Report on sanitation, dispensaries, and jails in Rajputana for 1920, and on vaccination for the year 1920-1921 - 1920-1921
Year: 1920
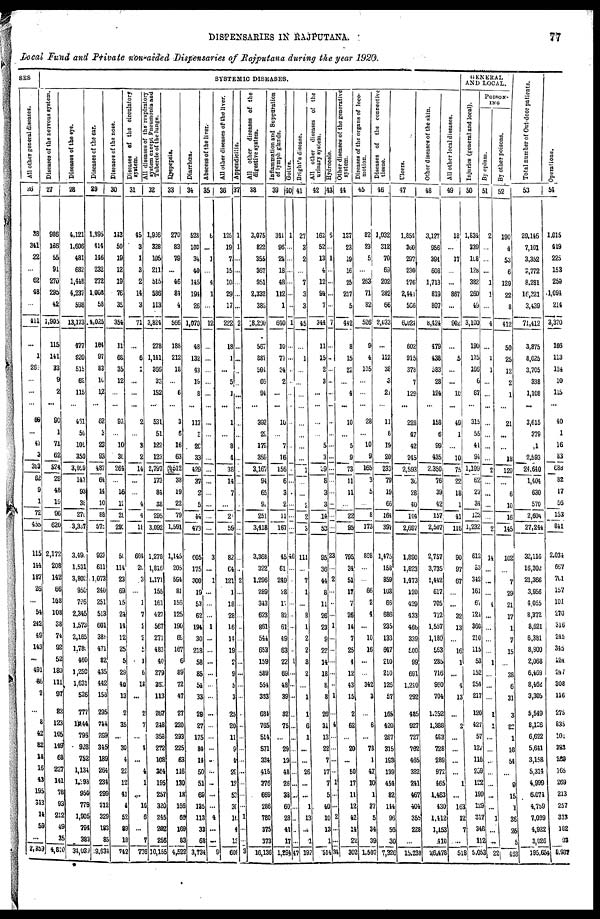
DISPENSARIES IN RAJPUTANA.
77
Local Fund and Private nan-aided Dispensaries of Rajputana during the year 1920.
SES
All other general diseases.
26
38
341
22
...
62
48
...
411
...
1
261
...
...
...
68
...
47
3
383
62
9
1
72
455
115
144
187
26
...
54
242
49
143
...
491
86
2
...
3
42
82
18
16
43
195
343
14
59
...
2,359
SYSTEMIC DISEASES.
Diseases of the nervous system.
27
986
166
55
91
270
295
42
1,905
115
141
33
9
2
...
90
1
71
62
524
29
48
19
96
620
2,172
208
142
66
108
108
38
74
92
52
180
111
97
82
123
105
149
68
227
141
78
93
212
49
35
4,810
Diseases of the eye.
28
4,121
1,606
481
682
1,448
4,237
598
13,173
477
920
515
62
115
...
481
50
109
350
3,059
147
93
38
270
3,337
3,490
1,531
3,802
950
796
2,345
1,573
2,165
1,780
460
1,250
1,631
526
777
1,144
796
928
752
1,134
l,293
950
779
1,905
794
383
34,039
Diseases of the ear.
29
1,395
414
146
232
272
1,008
58
4,025
104
97
83
10
12
...
62
3
23
93
487
64
14
10
88
570
923
611
1,073
240
251
513
601
388
471
82
435
442
156
295
744
269
345
189
264
234
299
212
329
183
85
19,634
Diseases of the nose.
30
143
50
19
12
19
76
35
354
11
68
35
12
...
...
92
...
10
30
264
...
16
12
28
291
50
114
23
69
15
24
14
12
25
5
29
40
13
2
35
...
30
4
22
12
41
4
52
89
18
742
Diseases of the circulatory
system.
31
45
3
1
3
2
14
3
71
...
6
1
...
...
...
2
...
3
2
14
...
...
4
4
18
664
20
3
...
1
7
2
2
5
1
6
18
...
2
7
...
4
...
4
1
...
16
6
...
7
776
All diseases of the'respiratory
system except Pneumonia and
Tubercle of the lungs.
32
1,956
328
105
211
515
586
113
3,824
278
1,141
266
33
152
...
531
51
122
123
2,797
173
84
38
295
3,092
1,278
1,816
1,171
155
161
427
567
271
483
40
279
362
113
267
248
358
272
108
304
195
257
320
245
202
256
10,155
Dyspepsia.
33
270
83
79
...
46
84
4
566
188
212
18
...
6
...
3
6
16
63
515
38
19
22
79
1,591
1,145
205
594
81
156
125
190
69
167
6
89
72
47
27
220
293
225
63
116
130
18
166
66
169
83
4,522
Diarrhœa.
34
528
103
34
40
145
194
26
1,070
48
132
43
l9
8
...
117
3
26
33
429
37
2
5
44
473
605
175
300
19
53
62
194
30
218
58
85
54
33
29
27
175
84
14
50
51
69
135
113
33
68
3,734
Abscess of the liver.
35
6
...
1
...
4
1
...
12
...
...
...
...
...
...
...
...
...
...
...
...
...
...
...
...
3
...
1
...
...
...
1
...
...
...
...
...
...
...
...
...
...
...
...
...
...
...
4
...
...
9
All other diseases of the liver.
36
125
19
7
15
10
29
17
222
18
1
...
5
1
...
1
...
8
4
38
14
7
...
2
59
82
64
121
1
18
28
16
14
19
2
9
5
3
25
20
11
9
4
29
12
53
30
10
4
13
608
Appendicitis.
37
1
1
...
...
...
...
...
2
...
...
...
...
...
...
...
...
...
...
...
...
...
...
...
...
...
..
2
...
...
...
...
...
...
...
...
...
...
...
...
...
...
...
...
...
...
...
1
...
...
3
All other diseases of the
digestive system.
38
3,075
822
355
367
951
2,332
388
18,290
567
887
591
66
94
...
392
29
179
359
3,167
94
65
90
251
3,418
3,368
322
1,296
289
343
623
861
544
653
159
589
554
393
684
765
514
571
334
415
376
669
286
780
375
373
16,136
Inflammation and Suppuration
of lymph glands.
39
341
96
24
18
48
112
1
640
10
77
34
2
...
...
10
...
7
16
156
6
3
2
11
167
45
61
249
28
17
82
61
49
63
22
69
48
39
32
75
...
29
19
48
26
38
60
28
41
17
1,294
Goitre.
40
1
...
...
...
...
...
...
1
...
...
...
...
...
...
...
...
...
...
...
...
...
...
...
...
46
...
...
...
...
...
...
...
...
1
...
...
...
...
...
...
...
...
...
...
...
...
..
..
...
47
Bright's disease.
41
27
3
2
...
7
3
3
45
...
1
...
...
...
...
...
...
...
...
1
...
...
2
2
3
111
...
7
1
...
8
1
2
2
8
2
...
1
1
6
1
...
...
26
...
...
1
13
...
1
192
All other diseases of the
urinary system.
42
162
52
13
4
12
94
7
344
11
15
2
2
...
...
...
...
5
3
39
8
3
3
14
53
95
36
44
8
11
26
23
9
22
14
18
8
8
26
31
13
22
7
17
7
5
40
10
13
1
514
Hydrocele.
43
6
...
1
...
...
...
...
7
...
...
...
...
...
...
...
...
...
...
...
...
...
...
...
...
23
...
2
...
...
...
1
...
...
...
...
...
1
...
4
...
...
...
...
1
...
...
2
...
...
34
Other diseases of the generative
system.
44
137
23
19
16
25
217
5
442
8
15
22
...
4
...
10
...
5
9
73
11
11
...
22
95
795
34
51
17
7
26
14
7
25
4
12
43
15
2
62
...
20
...
50
17
11
12
42
14
22
302
Diseases of the organs of loco-
motion.
45
82
23
5
...
263
71
82
526
9
4
105
...
...
...
28
...
10
9
165
3
5
...
8
173
808
...
...
66
2
4
...
10
16
...
...
342
3
...
6
...
78
1
47
10
1
37
5
34
39
1,507
Diseases of the connective
tissue.
46
1,032
312
70
69
202
282
66
2,033
...
112
38
3
21
...
11
6
19
20
233
79
19
66
164
397
1,475
158
859
103
66
686
235
133
647
210
210
126
57
165
420
267
315
193
139
454
82
144
96
56
30
7,326
Ulcers.
47
1,854
360
297
230
276
2,441
566
6,024
602
915
378
7
129
...
228
47
42
245
2,593
36
28
40
104
2,697
1,890
1,823
1,473
120
429
433
466
339
500
99
691
1,240
292
485
927
727
762
465
382
241
467
404
355
228
...
15,238
Other diseases of the skin.
48
3,127
956
394
608
1,713
819
807
8,424
479
438
383
28
124
...
158
6
99
435
2,350
76
39
42
157
2,507
2,757
3,735
1,442
617
705
712
1,557
1,180
563
285
716
960
704
1,352
1,388
483
728
289
972
465
1,463
430
1,412
1,153
410
26,478
All other local diseases.
49
18
...
17
...
...
867
...
902
...
5
...
...
10
...
49
1
...
10
75
22
18
1
41
116
90
97
67
...
...
32
13
...
16
1
...
4
13
...
2
...
...
...
...
1
...
163
12
7
...
518
GENERAL
AND LOCAL.
Injuries (general and local).
50
1,834
339
108
128
382
260
49
3,100
190
175
166
6
67
...
315
55
41
94
1,109
62
27
34
123
1,232
612
53
342
161
67
214
360
210
115
53
152
254
217
120
427
57
121
116
239
122
199
129
317
348
112
5,053
POISON-
ING
By opium.
51
2
...
...
...
1
1
...
4
...
1
1
...
...
...
...
...
...
...
2
...
...
...
...
2
14
...
...
...
4
...
...
...
...
1
...
...
...
1
1
...
...
...
...
...
...
...
1
...
...
22
By other poisons.
52
190
4
53
6
129
22
8
412
50
25
12
2
1
...
21
...
...
18
129
...
6
10
16
145
102
...
7
29
21
17
1
7
15
...
38
6
31
3
22
1
18
54
...
8
15
1
36
25
5
463
Total number of Out-door patients.
53
29,146
7,101
3,352
3,772
8,281
16,321
3,439
71,412
3,875
8,025
3,705
338
1,108
...
3,615
379
1
2,593
24,640
1,404
630
570
2,604
27,244
32,116
16,302
21,366
3,956
4,055
8,372
8,621
6,381
8,900
2,068
6,469
8,462
3,305
5,549
8,126
6,622
5,641
3,158
5,314
4,999
6,074
4,759
7,099
4,922
3,026
195,654
Operations.
54
1,015
419
225
153
259
1,094
214
3,370
166
113
124
10
115
...
40
1
16
83
688
82
17
56
153
841
2,034
667
701
157
101
270
316
245
345
124
247
308
116
275
835
101
383
200
165
269
213
257
313
182
93
8,937